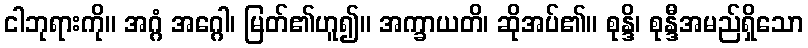
ငါဘုရားကို။ အဂ္ဂံ အဂ္ဂေါ၊ မြတ်၏ဟူ၍။ အက္ခာယတိ၊ ဆိုအပ်၏။ စုန္ဒိ၊ စုန္ဒီအမည်ရှိသော